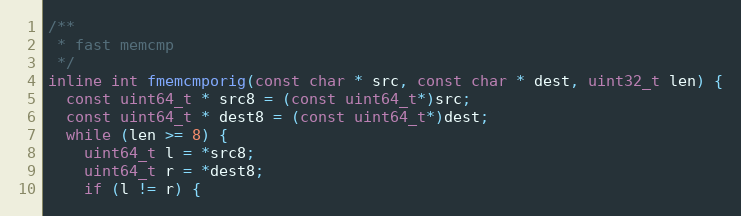
Language: C++
/**
 * fast memcmp
 */
inline int fmemcmporig(const char * src, const char * dest, uint32_t len) {
  const uint64_t * src8 = (const uint64_t*)src;
  const uint64_t * dest8 = (const uint64_t*)dest;
  while (len >= 8) {
    uint64_t l = *src8;
    uint64_t r = *dest8;
    if (l != r) {